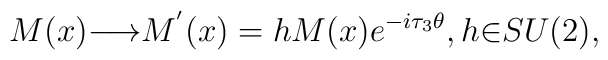
M(x){\longrightarrow}M^{'}(x)=hM(x)e^{-i{\tau}_3{\theta}},h{\in}SU(2),